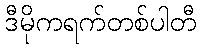
ဒီမိုကရက်တစ်ပါတီ